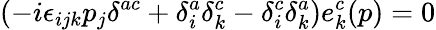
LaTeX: (-i\epsilon_{ijk}p_{j}\delta^{ac}+\delta_{i}^{a}\delta_{k}^{c}-\delta_{i}^{c}\delta_{k}^{a})e_{k}^{c}(p)=0